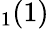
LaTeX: _1(1)